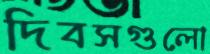
দিবসগুলো